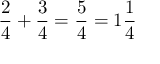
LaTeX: { \frac { 2 } { 4 } } + { \frac { 3 } { 4 } } = { \frac { 5 } { 4 } } = 1 { \frac { 1 } { 4 } }